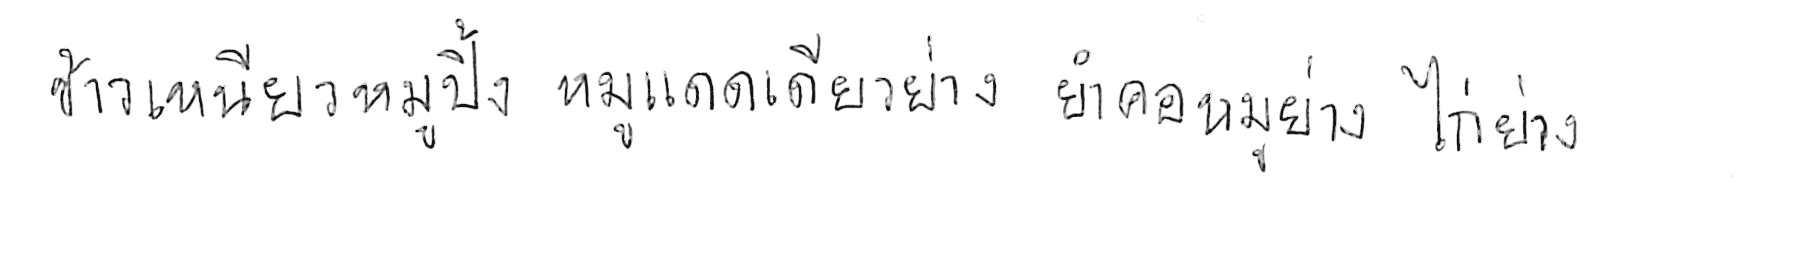
ข้าวเหนียวหมูปิ้ง หมูแดดเดียวย่าง ยำคอหมูย่าง ไก่ย่าง